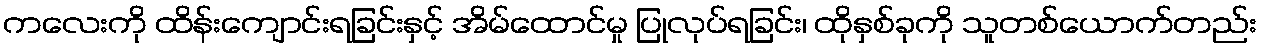
ကလေးကို ထိန်းကျောင်းရခြင်းနှင့် အိမ်ထောင်မှု ပြုလုပ်ရခြင်း၊ ထိုနှစ်ခုကို သူတစ်ယောက်တည်း